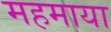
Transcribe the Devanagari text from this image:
महमाया